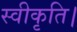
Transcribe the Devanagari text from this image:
स्वीकृति।